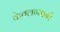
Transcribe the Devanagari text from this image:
केवलग्यानी